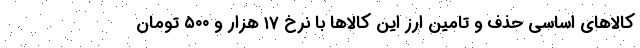
کالاهای اساسی حذف و تامین ارز این کالاها با نرخ ۱۷ هزار و ۵۰۰ تومان